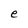
Character: e